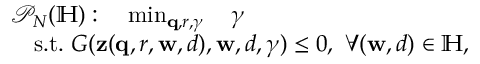
\begin{array} { r l } & { \mathcal { P } _ { N } ( \mathbb { H } ) : \quad \operatorname* { m i n } _ { \mathbf { q } , r , \gamma } \quad \gamma } \\ & { \quad \mathrm { s . t . ~ } G ( \mathbf { z } ( \mathbf { q } , r , \mathbf { w } , d ) , \mathbf { w } , d , \gamma ) \leq 0 , \ \forall ( \mathbf { w } , d ) \in \mathbb { H } , } \end{array}